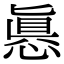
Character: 㥲